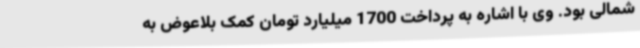
شمالی بود. وی با اشاره به پرداخت 1700 میلیارد تومان کمک بلاعوض به